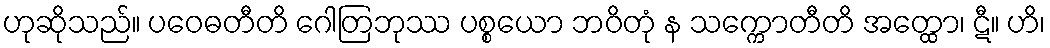
ဟုဆိုသည်။ ပဝေဓတီတိ ဂေါတြဘုဿ ပစ္စယော ဘဝိတုံ န သက္ကောတီတိ အတ္ထော၊ ဋီ။ ဟိ၊